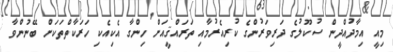
މިއީ އިމާދުއްދީން ސުކޫލުގެ ދަރިވަރުންގެ ކުރިއެރުމާއި ތަރައްޤީއަށް ހިންގާ އެކިއެކި ހަރަކާތްތަކަށް ބޭނުންވާ